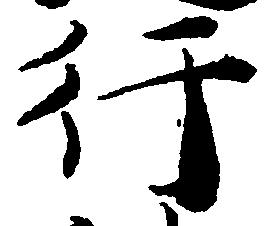
行